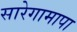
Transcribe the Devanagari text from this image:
सारेगामापा